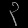
Digit: ၃